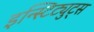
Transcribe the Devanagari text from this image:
इन्स्टिट्युट्स